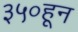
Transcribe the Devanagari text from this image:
३५०हून